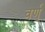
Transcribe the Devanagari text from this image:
वर्ण्